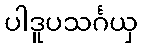
ပါဒူပသင်္ဂယှ